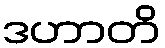
ဒဟာတိ